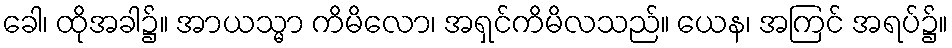
ခေါ၊ ထိုအခါ၌။ အာယသ္မာ ကိမိလော၊ အရှင်ကိမိလသည်။ ယေန၊ အကြင် အရပ်၌။